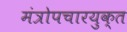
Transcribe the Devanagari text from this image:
मंत्रोपचारयुक्त